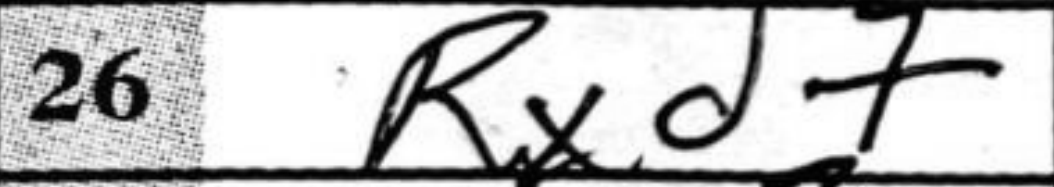
Transcription: Rxd7